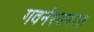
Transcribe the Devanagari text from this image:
गवर्नरजनरल